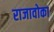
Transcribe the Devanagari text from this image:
राजावोका